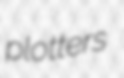
plotters